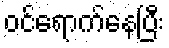
ဝင်ရောက်နေပြီး